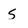
Character: 5